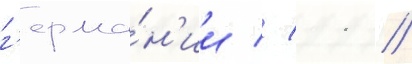
г'ерма́н'ии // 11 //